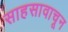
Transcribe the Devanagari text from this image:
साहसावाचून